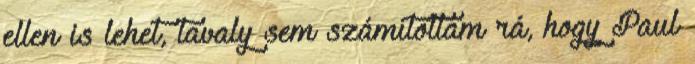
ellen is lehet, tavaly sem számítottam rá, hogy Paul